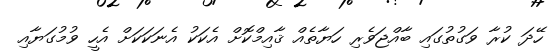
ހޭދަ ކުރާ ވަގުތުގައި ބާއްޖަވެރި ހަޔާތެއް ޤާއިމްކޮށް އެކަކު އެނަކަކަށް އެހީ ވުމުގަޔާއި